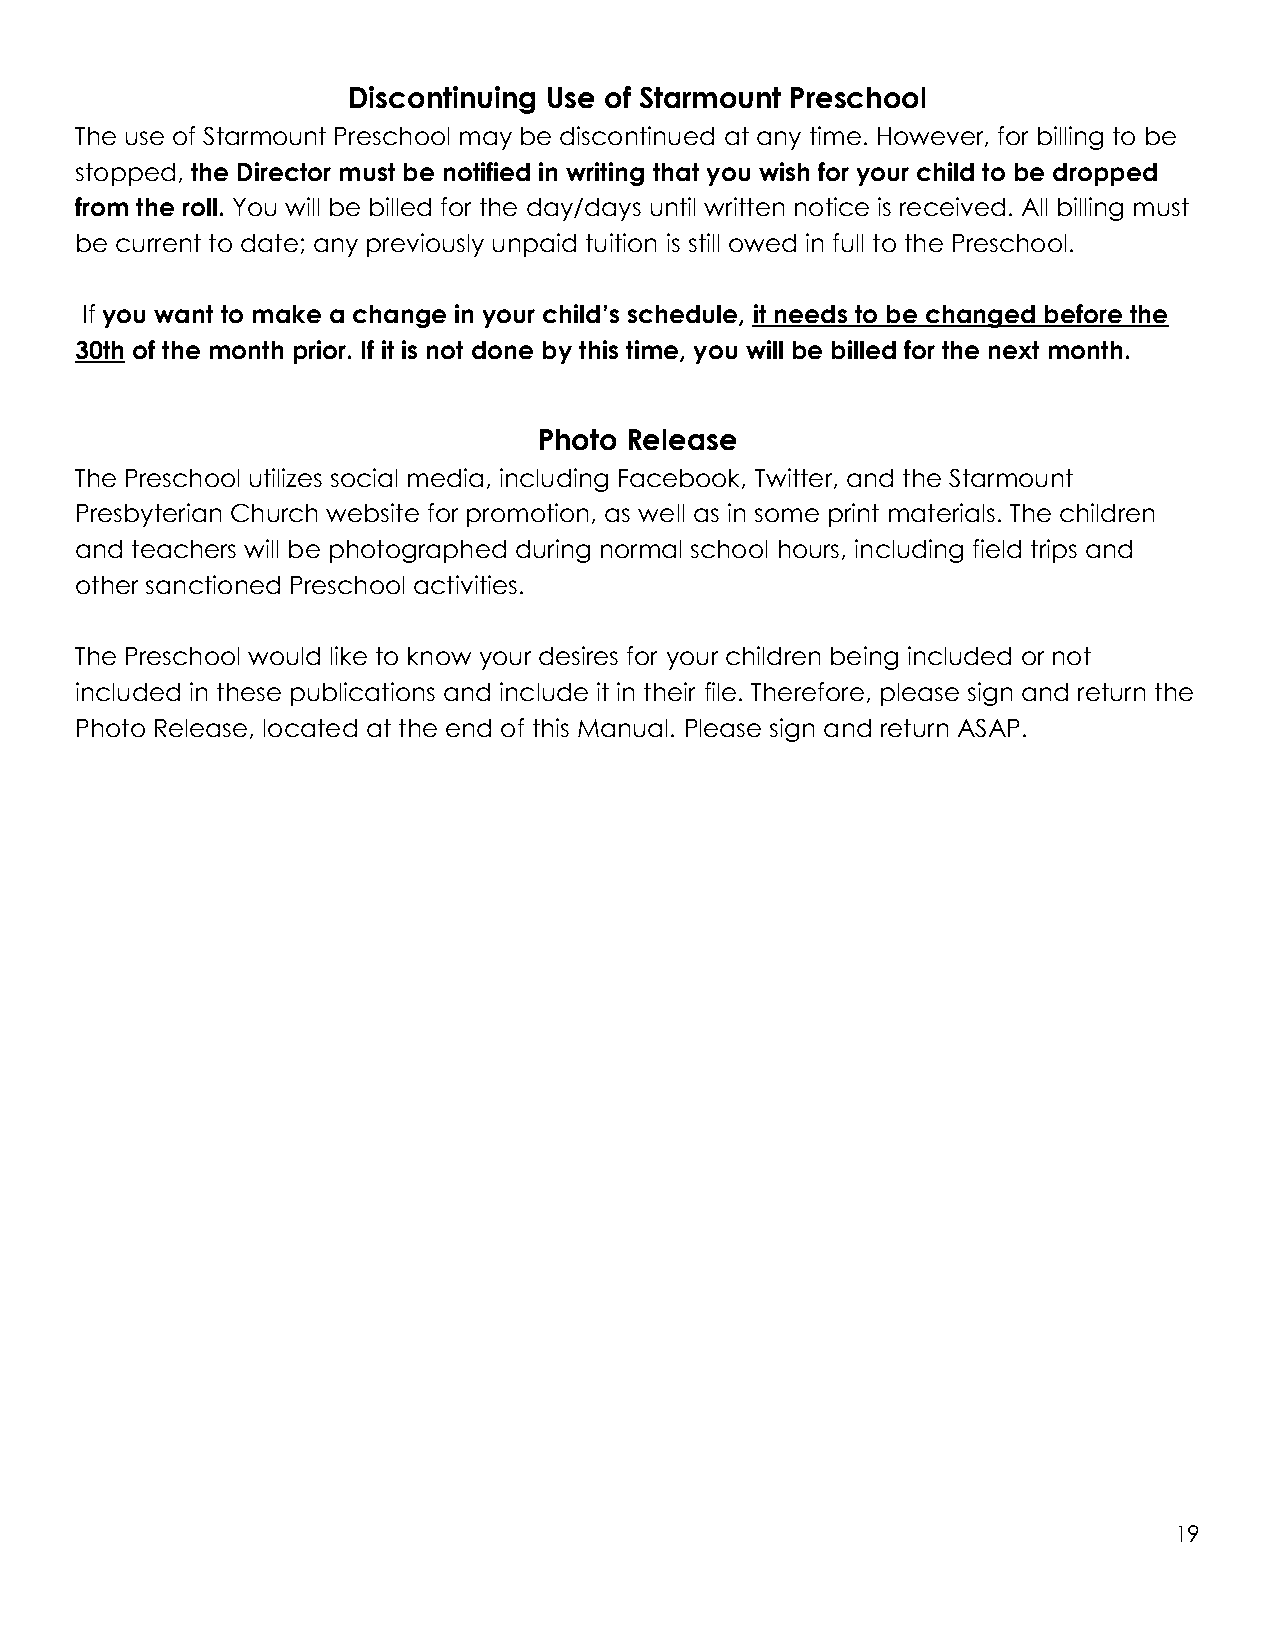
Discontinuing Use of Starmount Preschool
 The use of Starmount Preschool may be discontinued at any time. However, for billing to be
 stopped, the Director must be notified in writing that you wish for your child to be dropped
 from the roll. You will be billed for the day/days until written notice is received. All billing must
 be current to date; any previously unpaid tuition is still owed in full to the Preschool.
 If you want to make a change in your child’s schedule, it needs to be changed before the
 30th of the month prior. If it is not done by this time, you will be billed for the next month.
 Photo Release
 The Preschool utilizes social media, including Facebook, Twitter, and the Starmount
 Presbyterian Church website for promotion, as well as in some print materials. The children
 and teachers will be photographed during normal school hours, including field trips and
 other sanctioned Preschool activities.
 The Preschool would like to know your desires for your children being included or not
 included in these publications and include it in their file. Therefore, please sign and return the
 Photo Release, located at the end of this Manual. Please sign and return ASAP.
 19